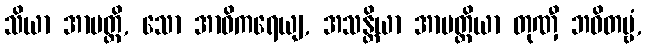
သိယာ အာပတ္တိ, သော အာဝိကရေယျ, အသန္တိယာ အာပတ္တိယာ တုဏှီ ဘဝိတဗ္ဗံ,